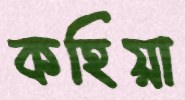
কহিয়া